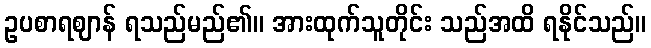
ဥပစာရဈာန် ရသည်မည်၏။ အားထုက်သူတိုင်း သည်အထိ ရနိုင်သည်။